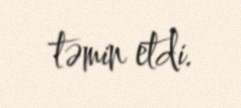
təmin etdi.